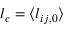
l _ { c } = \langle l _ { i j , 0 } \rangle